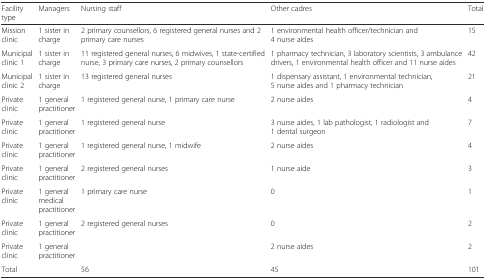
| Facility type | Managers | Nursing staff | Other cadres | Total |
 | --- | --- | --- | --- | --- |
 | Mission clinic | 1 sister in charge | 2 primary counsellors, 6 registered general nurses and 2 primary care nurses | 1 environmental health officer/technician and 4 nurse aides | 15 |
 | Municipal clinic 1 | 1 sister in charge | 11 registered general nurses, 6 midwives, 1 state-certified nurse, 3 primary care nurses, 2 primary counsellors | 1 pharmacy technician, 3 laboratory scientists, 3 ambulance drivers, 1 environmental health officer and 11 nurse aides | 42 |
 | Municipal clinic 2 | 1 sister in charge | 13 registered general nurses | 1 dispensary assistant, 1 environmental technician, 5 nurse aides and 1 pharmacy technician | 21 |
 | Private clinic | 1 general practitioner | 1 registered general nurse, 1 primary care nurse | 2 nurse aides | 4 |
 | Private clinic | 1 general practitioner | 1 registered general nurse | 3 nurse aides, 1 lab pathologist, 1 radiologist and 1 dental surgeon | 7 |
 | Private clinic | 1 general practitioner | 1 registered general nurse, 1 midwife | 2 nurse aides | 4 |
 | Private clinic | 1 general practitioner | 2 registered general nurses | 1 nurse aide | 3 |
 | Private clinic | 1 general medical practitioner | 1 primary care nurse | 0 | 1 |
 | Private clinic | 1 general practitioner | 2 registered general nurses | 0 | 2 |
 | Private clinic | 1 general practitioner |  | 2 nurse aides | 2 |
 | Total |  | 56 | 45 | 101 |